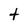
Character: t